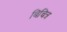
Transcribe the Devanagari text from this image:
बिचित्र